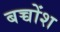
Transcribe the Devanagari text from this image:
बच्चोंश